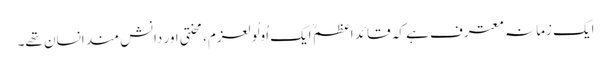
ایک زمانہ معترف ہے کہ قائد اعظم ؒ ایک اُولُولعزم،محنتی اور دانش مند انسان تھے۔